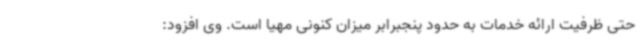
حتی ظرفیت ارائه خدمات به حدود پنجبرابر میزان کنونی مهیا است. وی افزود: